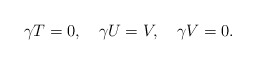
\begin{align*}\gamma T=0,\quad \gamma U=V,\quad \gamma V=0.\end{align*}